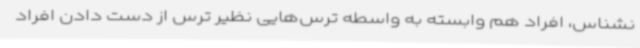
نشناس، افراد هم وابسته به واسطه‌ ترس‌هایی نظیر ترس از دست دادن افراد